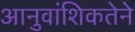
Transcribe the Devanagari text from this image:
आनुवांशिकतेने